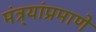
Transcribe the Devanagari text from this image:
मंत्र्यांप्रमाणे